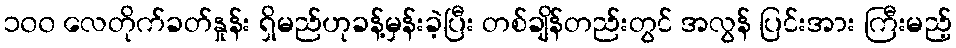
၁၀၀ လေတိုက်ခတ်နှုန်း ရှိမည်ဟုခန့်မှန်းခဲ့ပြီး တစ်ချိန်တည်းတွင် အလွန် ပြင်းအား ကြီးမည့်